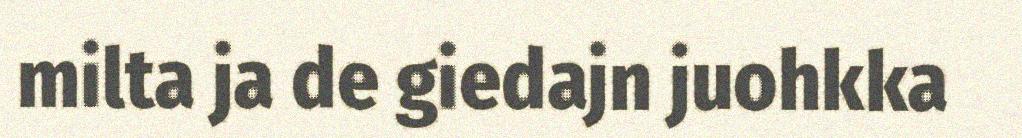
milta ja de giedajn juohkka